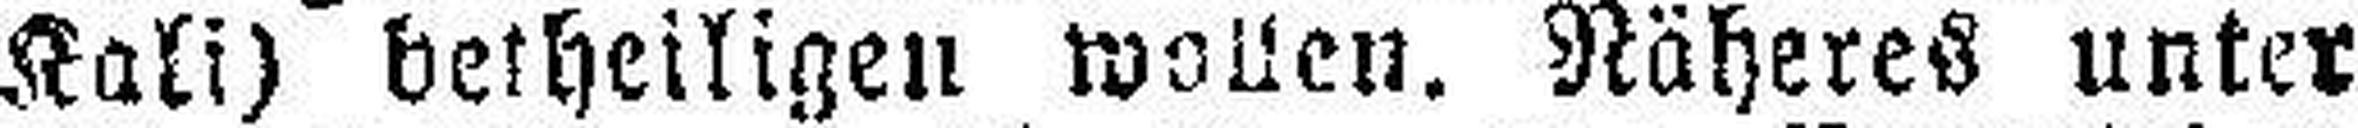
Kali) betheiligen wollen. Näheres unter